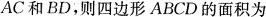
AC和BD，则四边形ABCD的面积为